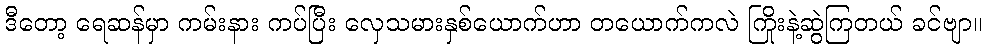
ဒီတော့ ရေဆန်မှာ ကမ်းနား ကပ်ပြီး လှေသမားနှစ်ယောက်ဟာ တယောက်ကလဲ ကြိုးနဲ့ဆွဲကြတယ် ခင်ဗျာ။